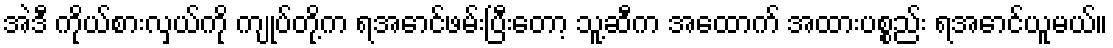
အဲဒီ ကိုယ်စားလှယ်ကို ကျုပ်တို့က ရအောင်ဖမ်းပြီးတော့ သူ့ဆီက အထောက် အထားပစ္စည်း ရအောင်ယူမယ်။